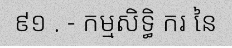
៩១ . - កម្មសិទ្ធិ ករ នៃ